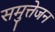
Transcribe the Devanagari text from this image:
समुत्तेजन